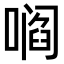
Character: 𫫦